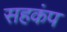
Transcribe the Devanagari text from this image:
सहकंप